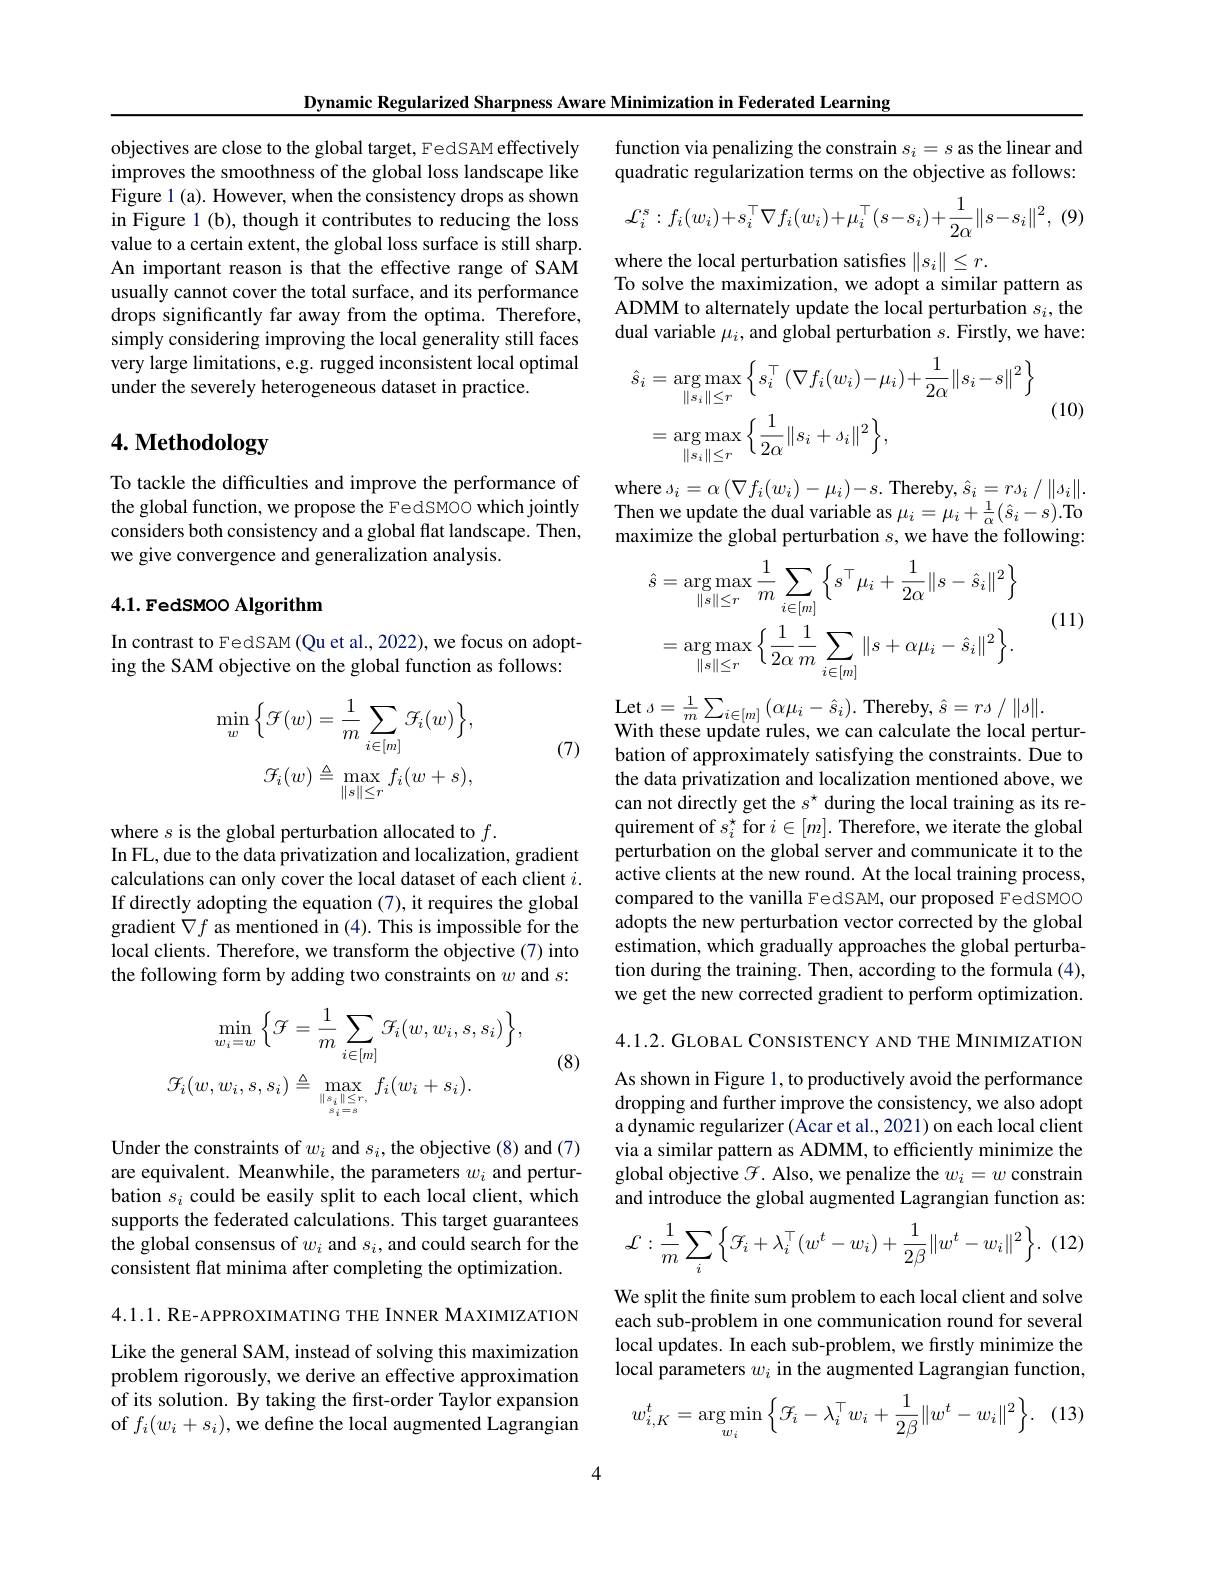
Dynamic Regularized Sharpness Aware Minimization in Federated Learning

objectives are close to the global target, FedSAM effectively improves the smoothness of the global loss landscape like Figure 1 (a). However, when the consistency drops as shown in Figure 1 (b), though it contributes to reducing the loss value to a certain extent, the global loss surface is still sharp. An important reason is that the effective range of SAM usually cannot cover the total surface, and its performance drops significantly far away from the optima. Therefore, simply considering improving the local generality still faces very large limitations, e.g. rugged inconsistent local optimal under the severely heterogeneous dataset in practice.

# 4. Methodology

To tackle the difficulties and improve the performance of the global function, we propose the FedSMOO which jointly considers both consistency and a global flat landscape. Then, we give convergence and generalization analysis.

## 4.1. FedSMOO Algorithm

In contrast to FedSAM (Qu et al., 2022), we focus on adopting the SAM objective on the global function as follows:
$$\operatorname*{min}_{w}\Big\{\mathcal{F}(w)=\frac{1}{m}\sum_{i\in[m]}\mathcal{F}_{i}(w)\Big\},\\\mathcal{G}_{i}(w)\triangleq\operatorname*{max}_{\|s\|\leq r}f_{i}(w+s),$$
(7)

where $s$ is the global perturbation allocated to $f.$
In FL, due to the data privatization and localization, gradient calculations can only cover the local dataset of each client $i.$ If directly adopting the equation (7), it requires the global gradient $\nabla f$ as mentioned in (4). This is impossible for the local clients. Therefore, we transform the objective (7) into the following form by adding two constraints on $w$ and $s:$
$$\operatorname*{min}_{w_{i}=w}\Big\{\mathcal{F}=\frac{1}{m}\sum_{i\in[m]}\mathcal{G}_{i}(w,w_{i},s,s_{i})\Big\},\\\mathcal{F}_{i}(w,w_{i},s,s_{i})\triangleq\max_{\|s_{i}\|\leq r,}f_{i}(w_{i}+s_{i}).$$
(8)

Under the constraints of $w_i$ and $s_i$,the objective (8) and (7) are equivalent. Meanwhile, the parameters $w_i$ and perturbation $s_i$ could be easily split to each local client, which supports the federated calculations. This target guarantees the global consensus of $w_i$ and $s_i$, and could search for the consistent flat minima after completing the optimization.

$4. 1. 1. \textbf{RE- APPROXIMATING THE INNER MAXIMIZATION}$ Like the general SAM, instead of solving this maximization problem rigorously, we derive an effective approximation of its solution. By taking the first-order Taylor expansion of $f_i(w_i+s_i)$,we define the local augmented Lagrangian

function via penalizing the constrain $s_i=s$ as the linear and quadratic regularization terms on the objective as follows:
$$\mathcal{L}_{i}^{s}:f_{i}(w_{i})+s_{i}^{\top}\nabla f_{i}(w_{i})+\mu_{i}^{\top}(s-s_{i})+\frac{1}{2\alpha}\|s-s_{i}\|^{2},$$
where the local perturbation satisfies $\|s_i\|\leq r.$
To solve the maximization, we adopt a similar pattern as ADMM to alternately update the local perturbation $s_i$,the dual variable $\mu_i$, and global perturbation $s.$ Firstly, we have:
$$\begin{aligned}\hat{s}_{i}&=\arg\max_{\|s_{i}\|\leq r}\Big\{s_{i}^{\top}\:(\nabla f_{i}(w_{i})-\mu_{i})+\frac{1}{2\alpha}\|s_{i}-s\|^{2}\Big\}\\&=\arg\max_{\|s_{i}\|\leq r}\Big\{\frac{1}{2\alpha}\|s_{i}+s_{i}\|^{2}\Big\},\end{aligned}$$
(10)

where $s_{i}= \alpha \left ( \nabla f_{i}( w_{i}) - \mu _{i}\right ) - s.$Thereby$,\hat{s}_{i}=rs_{i}/\|s_{i}\|.$ Then we update the dual variable as $\mu_i=\mu_i+\frac1\alpha(\hat{s}_i-s).$To maximize the global perturbation $s$,we have the following:
$$\hat{s}=\arg\max_{\|s\|\leq r}\frac{1}{m}\sum_{i\in[m]}\Big\{s^{\top}\mu_{i}+\frac{1}{2\alpha}\|s-\hat{s}_{i}\|^{2}\Big\}\\=\arg\max_{\|s\|\leq r}\Big\{\frac{1}{2\alpha}\frac{1}{m}\sum_{i\in[m]}\|s+\alpha\mu_{i}-\hat{s}_{i}\|^{2}\Big\}.$$
(11)

Let $s= \frac 1m\sum _{i\in [ m] }\left ( \alpha \mu _{i}- \hat{s} _{i}\right ) .$Thereby$,\hat{s}=rs/\|s\|.$
With these update rules, we can calculate the local perturbation of approximately satisfying the constraints. Due to the data privatization and localization mentioned above, we can not directly get the $s^\star$ during the local training as its requirement of $s_i^\star$ for $i\in[m].$ Therefore, we iterate the global perturbation on the global server and communicate it to the active clients at the new round. At the local training process, compared to the vanilla FedSAM, our proposed FedSMOO adopts the new perturbation vector corrected by the global estimation, which gradually approaches the global perturbation during the training. Then, according to the formula (4), we get the new corrected gradient to perform optimization. 4.1.2. GLOBAL CONSISTENCY AND THE MINIMIZATION As shown in Figure 1, to productively avoid the performance dropping and further improve the consistency, we also adopt a dynamic regularizer (Acar et al., 2021) on each local client via a similar pattern as ADMM, to efficiently minimize the global objective $\mathscr{F}.$ Also, we penalize the $w_i=w$ constrain and introduce the global augmented Lagrangian function as:
$$\mathcal{L}:\frac{1}{m}\sum_{i}\Big\{\mathcal{F}_{i}+\lambda_{i}^{\top}(w^{t}-w_{i})+\frac{1}{2\beta}\|w^{t}-w_{i}\|^{2}\Big\}.$$
We split the finite sum problem to each local client and solve each sub-problem in one communication round for several local updates. In each sub-problem, we firstly minimize the local parameters $w_i$ in the augmented Lagrangian function,
$$w_{i,K}^t=\underset{w_i}{\arg\min}\Big\{\mathcal{F}_i-\lambda_i^\top w_i+\frac{1}{2\beta}\|w^t-w_i\|^2\Big\}.$$